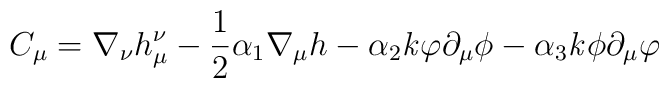
C_\mu = \nabla_\nu h_\mu^\nu - \frac{1}{2} \alpha_1 \nabla_\mu h- \alpha_2 {\it k} \varphi \partial_\mu \phi- \alpha_3 {\it k} \phi \partial_\mu \varphi